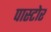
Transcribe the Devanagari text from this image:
पास्टोर